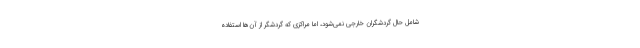
شامل حال گردشگران خارجی نمی‌شود، اما مراکزی که گردشگر از آن‌ها استفاده